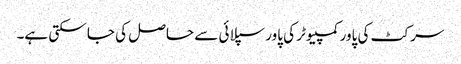
سرکٹ کی پاور کمپیوٹر کی پاور سپلائی سے حاصل کی جا سکتی ہے۔